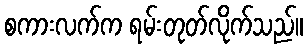
စကားလက်က ရမ်းတုတ်လိုက်သည်။